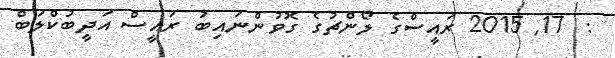
:  17